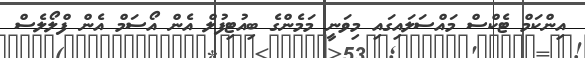
އިންކަމް ޓެކްސް މައްސަލައިގައި މިވަނީ މަމެންގެ ބިއުޓިފުލް އެން އޯސަމް އެން ފްލޯލެސް